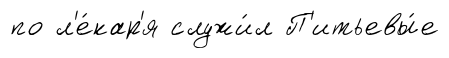
по л'е́кар'я служи́л П'итьевы́е